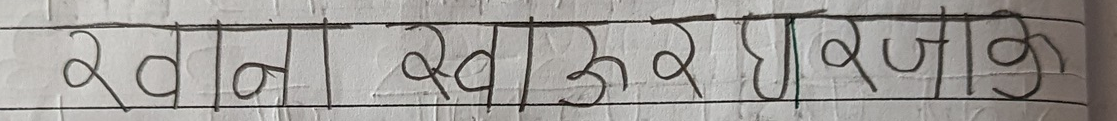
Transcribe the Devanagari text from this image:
खाना खाएर जाँउलाकी